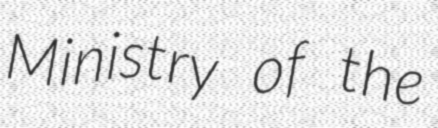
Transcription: Ministry of the